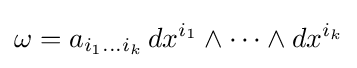
\omega =a_{i_{1}\ldots i_{k}}\,dx^{i_{1}}\wedge \cdots \wedge dx^{i_{k}}